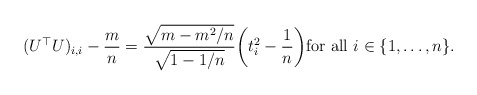
\begin{align*}(U^\top U)_{i,i} - \frac{m}{n} = \frac{\sqrt{m - m^2/n}}{\sqrt{1-1/n}} \bigg( t_i^2 - \frac{1}{n} \bigg) \mbox{for all }i \in \{1,\ldots, n\}.\end{align*}